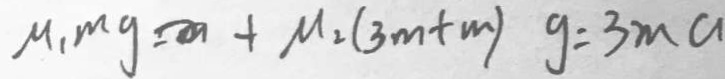
M _ { 1 } m g = M _ { 2 } ( 3 m + m ) g = 3 m a